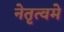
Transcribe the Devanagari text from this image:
नेतृत्वमे